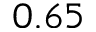
0 . 6 5